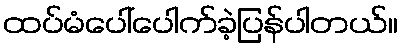
ထပ်မံပေါ်ပေါက်ခဲ့ပြန်ပါတယ်။